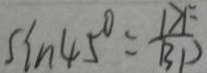
\sin 4 5 ^ { \circ } = \frac { D F } { B P }